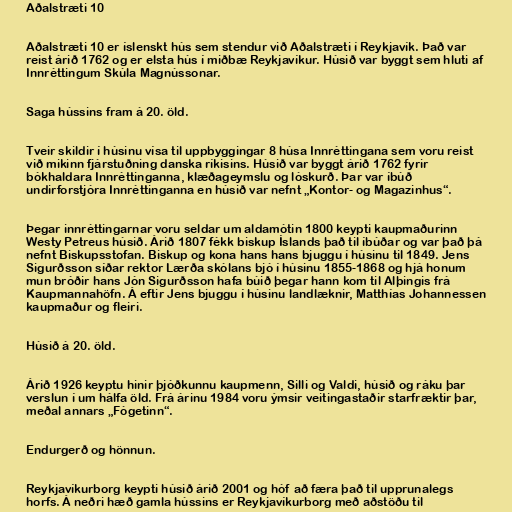
Aðalstræti 10

Aðalstræti 10 er íslenskt hús sem stendur við Aðalstræti í Reykjavík. Það var
reist árið 1762 og er elsta hús í miðbæ Reykjavíkur. Húsið var byggt sem hluti af
Innréttingum Skúla Magnússonar.

Saga hússins fram á 20. öld.

Tveir skildir í húsinu vísa til uppbyggingar 8 húsa Innréttingana sem voru reist
við mikinn fjárstuðning danska ríkisins. Húsið var byggt árið 1762 fyrir
bókhaldara Innréttinganna, klæðageymslu og lóskurð. Þar var íbúð
undirforstjóra Innréttinganna en húsið var nefnt „Kontor- og Magazinhus“.

Þegar innréttingarnar voru seldar um aldamótin 1800 keypti kaupmaðurinn
Westy Petreus húsið. Árið 1807 fékk biskup Íslands það til íbúðar og var það þá
nefnt Biskupsstofan. Biskup og kona hans hans bjuggu í húsinu til 1849. Jens
Sigurðsson síðar rektor Lærða skólans bjó í húsinu 1855-1868 og hjá honum
mun bróðir hans Jón Sigurðsson hafa búið þegar hann kom til Alþingis frá
Kaupmannahöfn. Á eftir Jens bjuggu í húsinu landlæknir, Matthías Johannessen
kaupmaður og fleiri.

Húsið á 20. öld.

Árið 1926 keyptu hinir þjóðkunnu kaupmenn, Silli og Valdi, húsið og ráku þar
verslun í um hálfa öld. Frá árinu 1984 voru ýmsir veitingastaðir starfræktir þar,
meðal annars „Fógetinn“.

Endurgerð og hönnun.

Reykjavíkurborg keypti húsið árið 2001 og hóf að færa það til upprunalegs
horfs. Á neðri hæð gamla hússins er Reykjavíkurborg með aðstöðu til